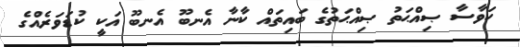
ކަވާސާ ޞިއްޙަތު ޞިއްޙަތުގެ ބައިތައް ކާނާ އެނބޫ އެނބޫ އަކީ ކުޑަވަރެއްގެ